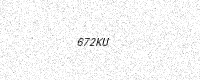
Text: 672KU